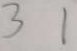
3 1